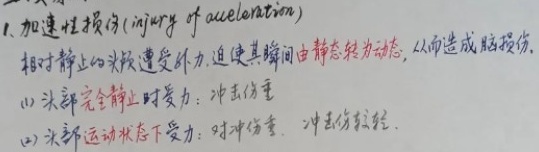
1. 加速性损伤 (injury of acceleration)相对静止的头部遭受外力, 迫使其瞬间由静态转为动态, 从而造成脑损伤.
(1) 头部完全静止时受力: 冲击伤重
(2) 头部运动状态下受力: 对冲伤重. 冲击伤较轻.